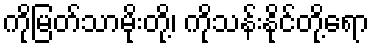
ကိုမြတ်သာမိုးတို့၊ ကိုသန်းနိုင်တို့ရော